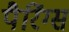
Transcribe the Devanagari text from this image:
पैरिंग्स